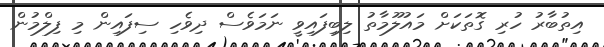
އިތުބާރު ހުރި ގޮތަކަށް މައުލޫމާތު ލިބިފައިވީ ނަމަވެސް ދިވެހި ސިފައިން މި ފިލްމުން